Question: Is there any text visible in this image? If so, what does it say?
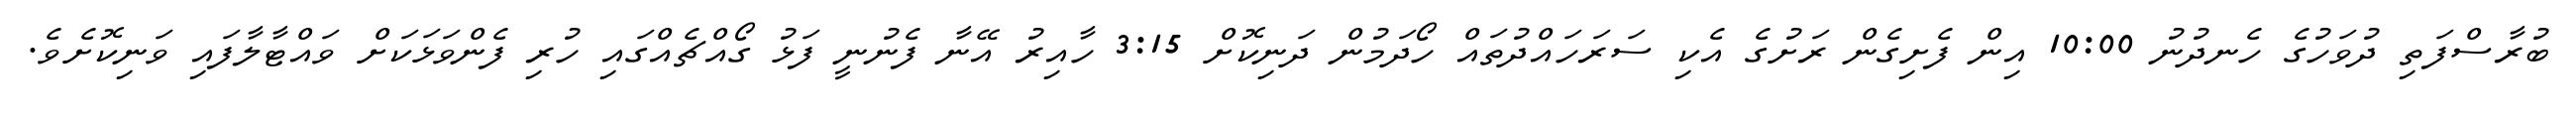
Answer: ބުރާސްފަތި ދުވަހުގެ ހެނދުނު 10:00 އިން ފެށިގެން ރަށުގެ އެކި ސަރަހައްދުތައް ހޯދަމުން ދަނިކޮށް 3:15 ހާއިރު އޭނާ ފެނުނީ ފަޅު ގޯއްޗެއްގައި ހުރި ފެންވަޅަކަށް ވައްޓާލާފައި ވަނިކޮށެވެ.